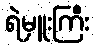
ရဲမှူးကြီး